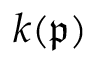
k ( { \mathfrak { p } } )